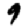
Digit: 9